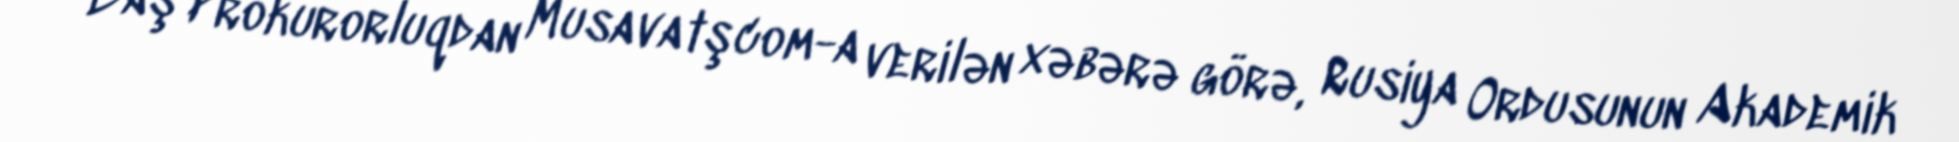
Baş Prokurorluqdan Musavatşcom-a verilən xəbərə görə, Rusiya Ordusunun Akademik